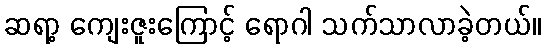
ဆရာ့ ကျေးဇူးကြောင့် ရောဂါ သက်သာလာခဲ့တယ်။